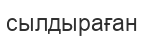
сылдыраған